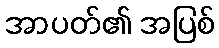
အာပတ်၏ အပြစ်